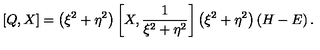
\left[ Q , X \right] = \left( \xi ^ { 2 } + \eta ^ { 2 } \right) \left[ X , \frac { 1 } { \xi ^ { 2 } + \eta ^ { 2 } } \right] \left( \xi ^ { 2 } + \eta ^ { 2 } \right) \left( H - E \right) .